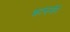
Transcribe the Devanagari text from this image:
काझमीने